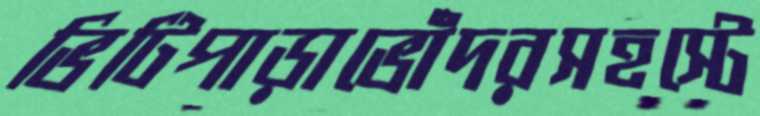
ভিটিপাড়াভোঁদরসহস্টে